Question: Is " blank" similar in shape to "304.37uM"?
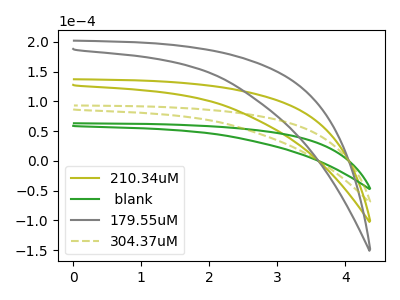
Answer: <think>The olive curve "210.34uM" has no peaks. The green curve " blank" has no peaks. The gray curve "179.55uM" has no peaks. The olive dashed curve "304.37uM" has no peaks.
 Neither " blank" or "304.37uM" have any peaks.</think>
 <answer>" blank" and "304.37uM" are similar in shape.</answer>
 <eval>same_shape</eval>